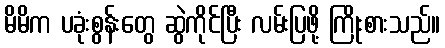
မိမိက ပခုံးစွန်းတွေ ဆွဲကိုင်ပြီး လမ်းပြဖို့ ကြိုးစားသည်။